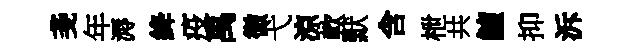
戔年溽絳疫禹微弋涼軟默含枻共鱣抑泝